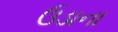
ઉડાના